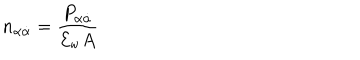
n _ { \alpha \dot { \alpha } } = \frac { P _ { \alpha \dot { \alpha } } } { { \cal E } _ { \mathrm { w } } A }